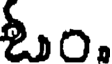
ఓం.